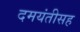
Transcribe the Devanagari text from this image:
दमयंतीसह